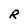
Character: R